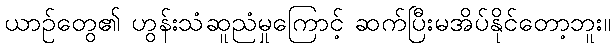
ယာဉ်တွေ၏ ဟွန်းသံဆူညံမှုကြောင့် ဆက်ပြီးမအိပ်နိုင်တော့ဘူး။